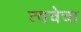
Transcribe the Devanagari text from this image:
त्‍वचेचा